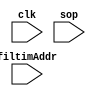
module filteredimage_ram (
    input clk,
    input [7:0] sop,
    input [15:0] filtimAddr
);

    parameter IMG_SIZE = 10;

    reg [7:0] filtimRam [(IMG_SIZE-2)*(IMG_SIZE-2)-1:0];

    always @(posedge clk) 
    begin
       filtimRam[filtimAddr] <= sop;
    end


endmodule